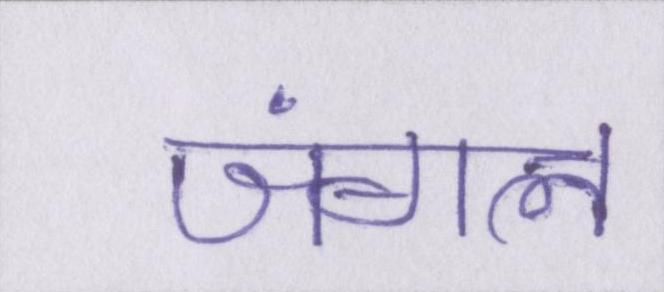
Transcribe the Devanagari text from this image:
जंगल